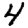
Digit: 4